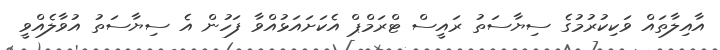
އާއިލާތައް ވަކިކުރުމުގެ ސިޔާސަތު ރައީސް ޓްރަމްޕް އެކަށައަޅުއްވާ ފަހުން އެ ސިޔާސަތު އުވާލެއްވީ